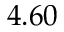
4 . 6 0